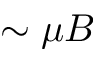
\sim \mu B